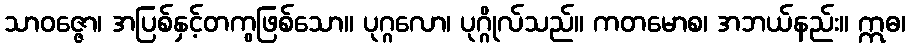
သာဝဇ္ဇော၊ အပြစ်နှင့်တကွဖြစ်သော။ ပုဂ္ဂလော၊ ပုဂ္ဂိုလ်သည်။ ကတမောစ၊ အဘယ်နည်း။ ဣဓ၊